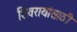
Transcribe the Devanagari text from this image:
शिवरायांसाठी